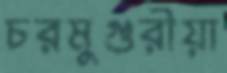
চরমুগুরীয়া